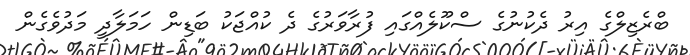
ބްރެޒިލްގެ އިރު ދެކުނުގެ ސްކޫލެއްގައި ފުރާވަރުގެ ދެ ކުއްޖަކު ބަޑިން ހަމަލާދީ މަދުވެގެން